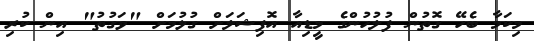
މިކަމާ ބެހޭ ގޮތުން ފުލުހުންގެ މީޑިއާ އޮފިޝަލަށް ގުޅުމަށް "ވަގުތު" އިން ކުރި